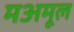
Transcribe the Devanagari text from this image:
मअमूल